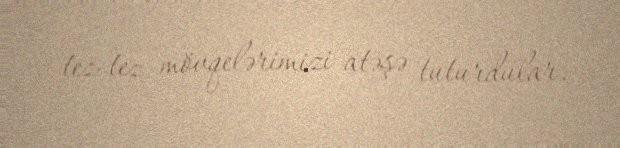
tez-tez mövqelərimizi atəşə tuturdular.